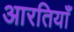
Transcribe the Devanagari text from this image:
आरतियाँ